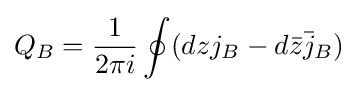
Q_{B}={\frac {1}{2\pi i}}\oint (dzj_{B}-d{\bar {z}}{\bar {j}}_{B})